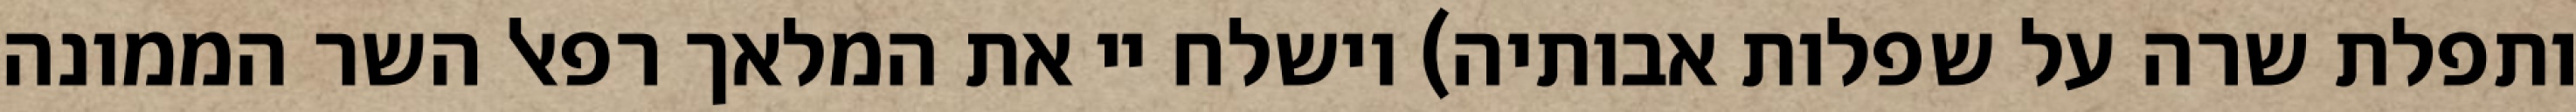
ותפלת שרה על שפלות אבותיה) וישלח יי את המלאך רפאל השר הממונה